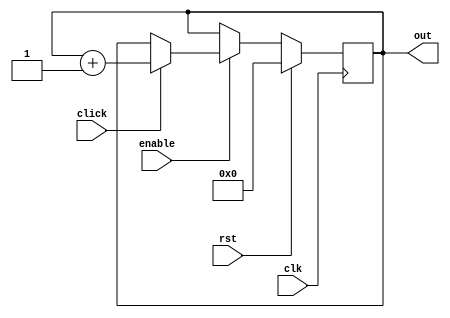
module clickcount(clk,click,rst,enable,out);
input clk,click,rst,enable;
output reg[7:0]out;

always@(posedge clk)
begin
	if(rst)
		out=0;
	else if(enable)
		begin
			if(click)
				out=out+1;
		end
end

endmodule